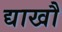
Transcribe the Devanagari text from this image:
द्याखौ